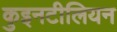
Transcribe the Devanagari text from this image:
कुइनटीलियन